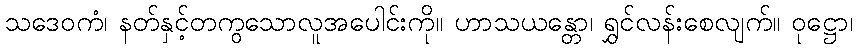
သဒေဝကံ၊ နတ်နှင့်တကွသောလူအပေါင်းကို။ ဟာသယန္တော၊ ရွှင်လန်းစေလျက်။ ဝုဋ္ဌော၊